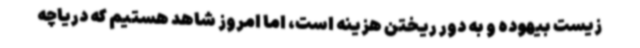
زیست بیهوده و به دور ریختن هزینه است، اما امروز شاهد هستیم که دریاچه